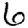
Digit: 6